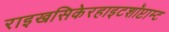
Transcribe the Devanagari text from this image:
राइखसिकेरहाइटशॉप्टाम्ट